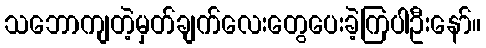
သဘောကျတဲ့မှတ်ချက်လေးတွေပေးခဲ့ကြပါဦးနော်။